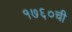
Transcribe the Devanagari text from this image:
१७६०ची